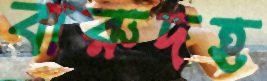
বারুদহ